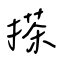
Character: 搽